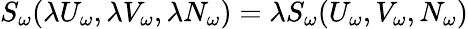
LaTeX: S_{\omega}(\lambda U_{\omega},\lambda V_{\omega},{\lambda N_{\omega}})=\lambda S_{\omega}(U_{\omega},V_{\omega},{N_{\omega}})